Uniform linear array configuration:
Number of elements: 24
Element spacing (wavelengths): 0.75
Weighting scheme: exponential
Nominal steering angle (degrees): -15
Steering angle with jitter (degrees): -15.795
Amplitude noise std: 0.05
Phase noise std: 0.05

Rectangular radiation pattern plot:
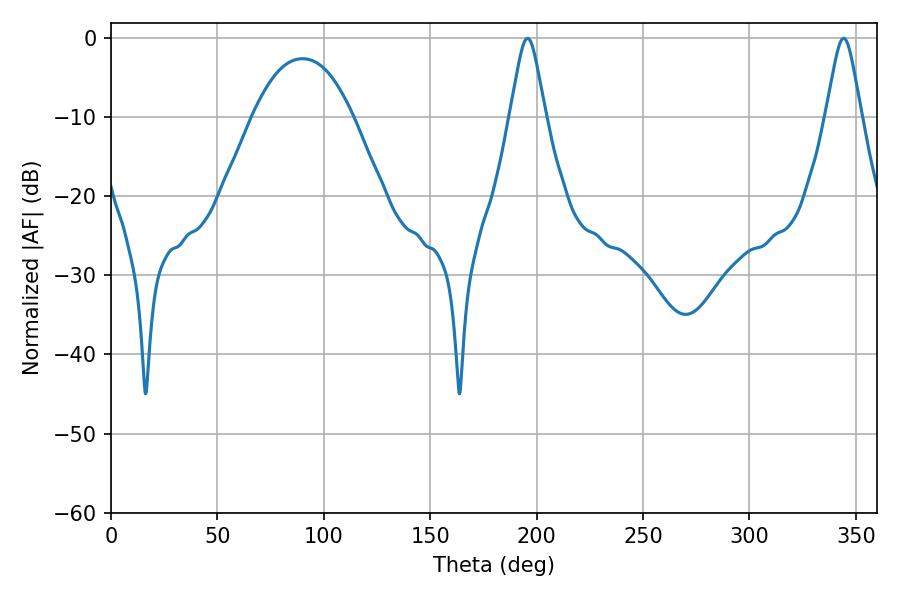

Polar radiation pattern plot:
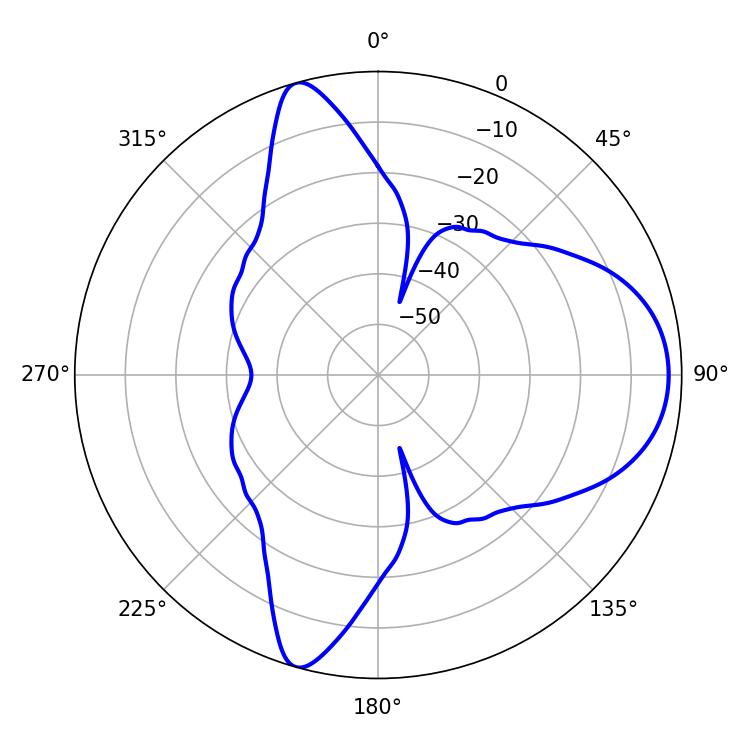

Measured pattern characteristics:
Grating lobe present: TRUE
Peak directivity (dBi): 9.61
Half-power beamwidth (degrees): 8.1
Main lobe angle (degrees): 195.66